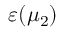
\varepsilon ( \mu _ { 2 } )